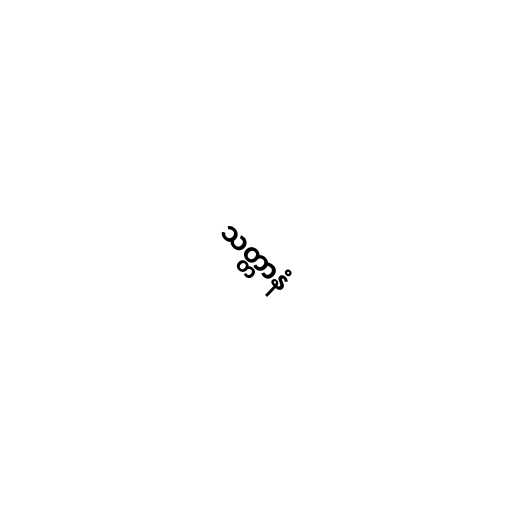
သတ္တာနံ